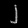
Digit: ၂